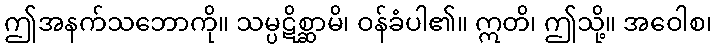
ဤအနက်သဘောကို။ သမ္ပဋိစ္ဆာမိ၊ ဝန်ခံပါ၏။ ဣတိ၊ ဤသို့။ အဝေါစ၊